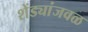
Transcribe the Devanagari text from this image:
शेंड्यांजवळ